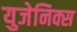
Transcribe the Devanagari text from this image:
युजेनिक्स